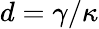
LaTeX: d=\gamma/\kappa